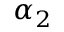
\alpha _ { 2 }